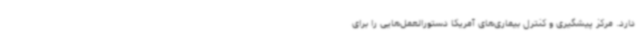
دارد. مرکز پیشگیری و کنترل بیماری‌های آمریکا دستورالعمل‌هایی را برای